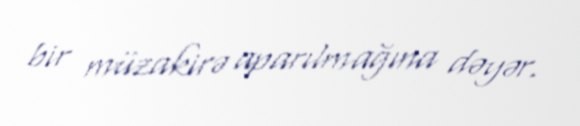
bir müzakirə aparılmağına dəyər.